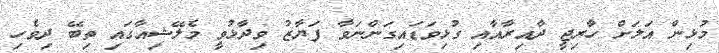
މުޅިން އަލަށް ހާރިޖީ ދާއިރާއާއި ގުޅިވަޑައިގަންނަވާ ފަޔާޒު ވިދާޅުވީ މެލޭޝިއާގައި ތިބޭ ދިވެހި